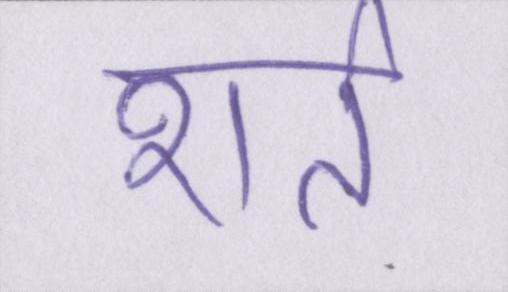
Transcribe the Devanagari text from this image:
शर्त